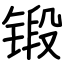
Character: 锻